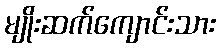
မျိုးဆက်ကျောင်းသား